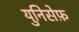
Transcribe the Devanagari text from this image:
युनिसेफ़